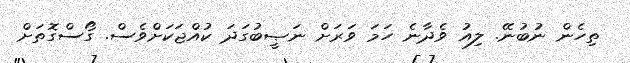
ތިހެން ނުބުނޭ. ލިއު ވެދާނެ ހަމަ ވަރަށް ނަޞީބުގަދަ ކުއްޖަކަށްވެސް. ގޯސްގޮތަށް